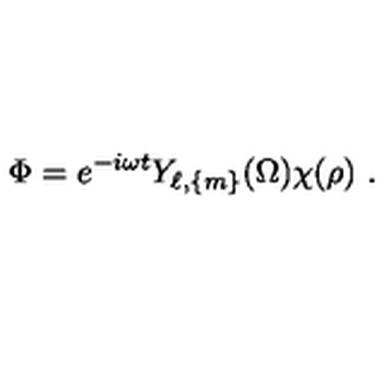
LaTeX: \Phi = e ^ { - i \omega t } Y _ { \ell , \{ m \} } ( \Omega ) \chi ( \rho ) \ .